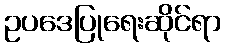
ဥပဒေပြုရေးဆိုင်ရာ